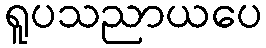
ရူပသညာယပေ